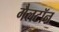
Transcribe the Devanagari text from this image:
गैलटॉन